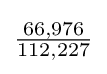
{\tfrac {66,976}{112,227}}